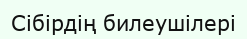
Сібірдің билеушілері